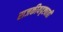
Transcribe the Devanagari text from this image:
राजकीयदृष्ट्याही